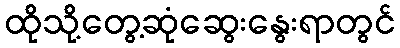
ထိုသို့တွေ့ဆုံဆွေးနွေးရာတွင်